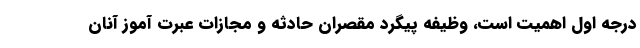
درجه اول اهمیت است، وظیفه پیگرد مقصران حادثه و مجازات عبرت آموز آنان